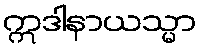
ဣဒါနာယသ္မာ